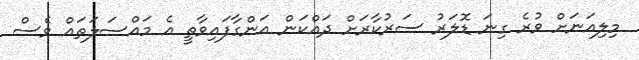
މިލިއަނަށް ވުރެ ގިނަ ޑޮލަރު ސަރުކާރަށް ދައްކަން އަންގާފައިވާތީ އެ މައްސަލަތައް ވެސް